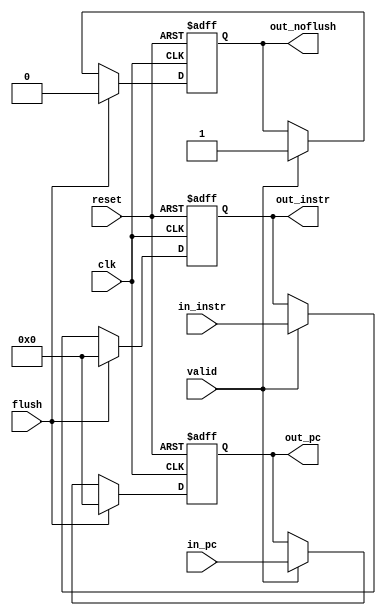
/**
* IF_ID
* 
*/
module if_id(           
  input         clk,
  input         reset,
  input  [31:0] in_instr,
  input  [31:0] in_pc,
  input         flush,
  input         valid,
  output [31:0] out_instr,
  output [31:0] out_pc,
  output        out_noflush
);

  reg [31:0] reg_instr; 
  reg [31:0] reg_pc; 
  reg [31:0] reg_pc_next; 
  reg        reg_noflush; 

  assign out_instr = reg_instr; 
  assign out_pc = reg_pc; 
  assign out_noflush = reg_noflush; 

  // 
  //  flush0
  always @(posedge clk or posedge reset) begin
    if (reset) begin 
      reg_instr <= 32'h0; 
    end else if (flush) begin 
      reg_instr <= 32'h0; 
    end else if (valid) begin 
      reg_instr <= in_instr; 
    end
  end

  // PC
  //  PC  flush=0 PC  reg_pc reg_pc 0
  always @(posedge clk or posedge reset) begin
    if (reset) begin 
      reg_pc <= 32'h0; 
    end else if (flush) begin 
      reg_pc <= 32'h0; 
    end else if (valid) begin 
      reg_pc <= in_pc; 
    end
  end

  // 
  // reg_noflush=0 reg_noflush=1
  always @(posedge clk or posedge reset) begin  
    if (reset) begin 
      reg_noflush <= 1'h0; 
    end else if (flush) begin 
      reg_noflush <= 1'h0; 
    end else if (valid) begin 
      reg_noflush <= 1'h1; 
    end

  end

endmodule